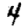
Digit: 4